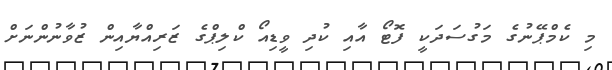
މި ކެމްޕޭނުގެ މަގުސަދަކީ ފޮޓޯ އާއި ކުދި ވީޑިއޯ ކްލިޕްގެ ޒަރިއްޔާއިން ޒުވާނުންނަށް